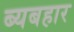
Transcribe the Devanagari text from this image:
ब्यबहार